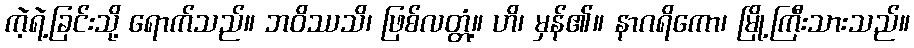
ကဲ့ရဲ့ခြင်းသို့ ရောက်သည်။ ဘဝိဿသိ၊ ဖြစ်လတ္တံ့။ ဟိ၊ မှန်၏။ နာဂရိကော၊ မြို့ကြီးသားသည်။